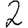
Digit: 2